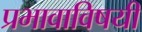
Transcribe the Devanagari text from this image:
प्रभावाविषयी